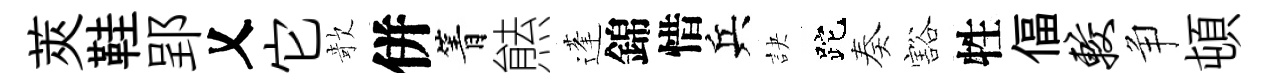
莢鞋郢乂它欹併箐㷱蓬錦惜兵訣跎奏豁牲偪较争頓